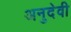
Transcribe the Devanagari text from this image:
अनुदेवी